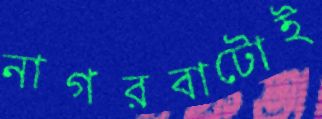
নাগরবাটোই